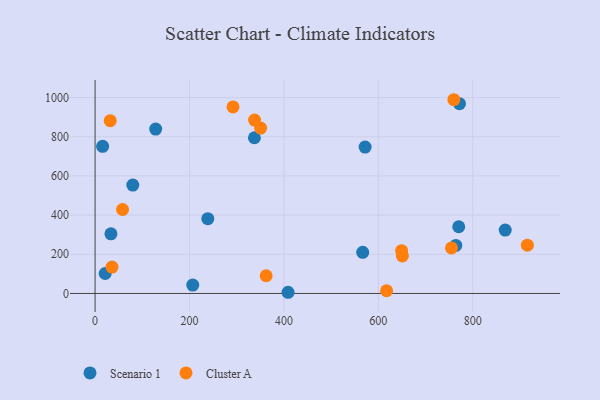
{"axis": {"x": "Study Hours", "y": "Profit"}, "legend": ["Cluster A", "Scenario 1"], "data": [{"x": "238.8", "y": 381.9, "type": "Scenario 1"}, {"x": "337.5", "y": 794.9, "type": "Scenario 1"}, {"x": "868.8", "y": 323.5, "type": "Scenario 1"}, {"x": "21.4", "y": 101.9, "type": "Scenario 1"}, {"x": "16.0", "y": 751.1, "type": "Scenario 1"}, {"x": "770.3", "y": 340.6, "type": "Scenario 1"}, {"x": "408.8", "y": 6.1, "type": "Scenario 1"}, {"x": "764.1", "y": 245.4, "type": "Scenario 1"}, {"x": "128.4", "y": 839.2, "type": "Scenario 1"}, {"x": "206.9", "y": 43.0, "type": "Scenario 1"}, {"x": "33.6", "y": 304.3, "type": "Scenario 1"}, {"x": "79.9", "y": 553.2, "type": "Scenario 1"}, {"x": "572.0", "y": 747.2, "type": "Scenario 1"}, {"x": "771.9", "y": 968.9, "type": "Scenario 1"}, {"x": "566.9", "y": 209.8, "type": "Scenario 1"}, {"x": "32.1", "y": 882.1, "type": "Cluster A"}, {"x": "617.5", "y": 13.9, "type": "Cluster A"}, {"x": "649.3", "y": 218.6, "type": "Cluster A"}, {"x": "755.0", "y": 232.7, "type": "Cluster A"}, {"x": "350.7", "y": 844.3, "type": "Cluster A"}, {"x": "58.2", "y": 428.6, "type": "Cluster A"}, {"x": "650.9", "y": 191.2, "type": "Cluster A"}, {"x": "292.2", "y": 952.5, "type": "Cluster A"}, {"x": "362.4", "y": 90.4, "type": "Cluster A"}, {"x": "760.0", "y": 989.1, "type": "Cluster A"}, {"x": "35.9", "y": 135.0, "type": "Cluster A"}, {"x": "337.9", "y": 885.3, "type": "Cluster A"}, {"x": "915.7", "y": 246.7, "type": "Cluster A"}]}